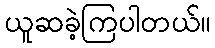
ယူဆခဲ့ကြပါတယ်။